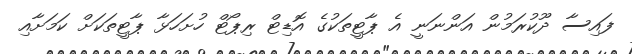
ފައިސާ ދޫކުރަމުން އަންނަނީ އެ ޕާޓީތަކުގެ އޮޑިޓް ރިޕޯޓް ހުށަހަޅާ ޕާޓީތަކަށް ކަމަށާއި